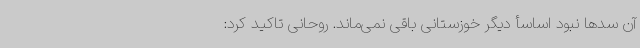
آن سدها نبود اساسأ دیگر خوزستانی باقی نمی‌ماند. روحانی تاکید کرد: